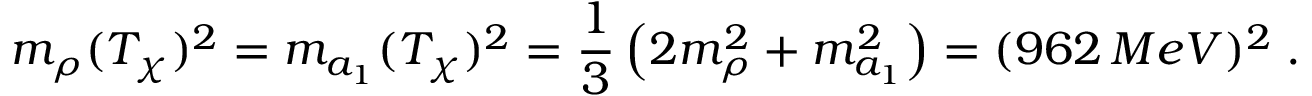
m _ { \rho } ( T _ { \chi } ) ^ { 2 } = m _ { a _ { 1 } } ( T _ { \chi } ) ^ { 2 } = \frac { 1 } { 3 } \left( 2 m _ { \rho } ^ { 2 } + m _ { a _ { 1 } } ^ { 2 } \right) = ( 9 6 2 \, M e V ) ^ { 2 } \; .